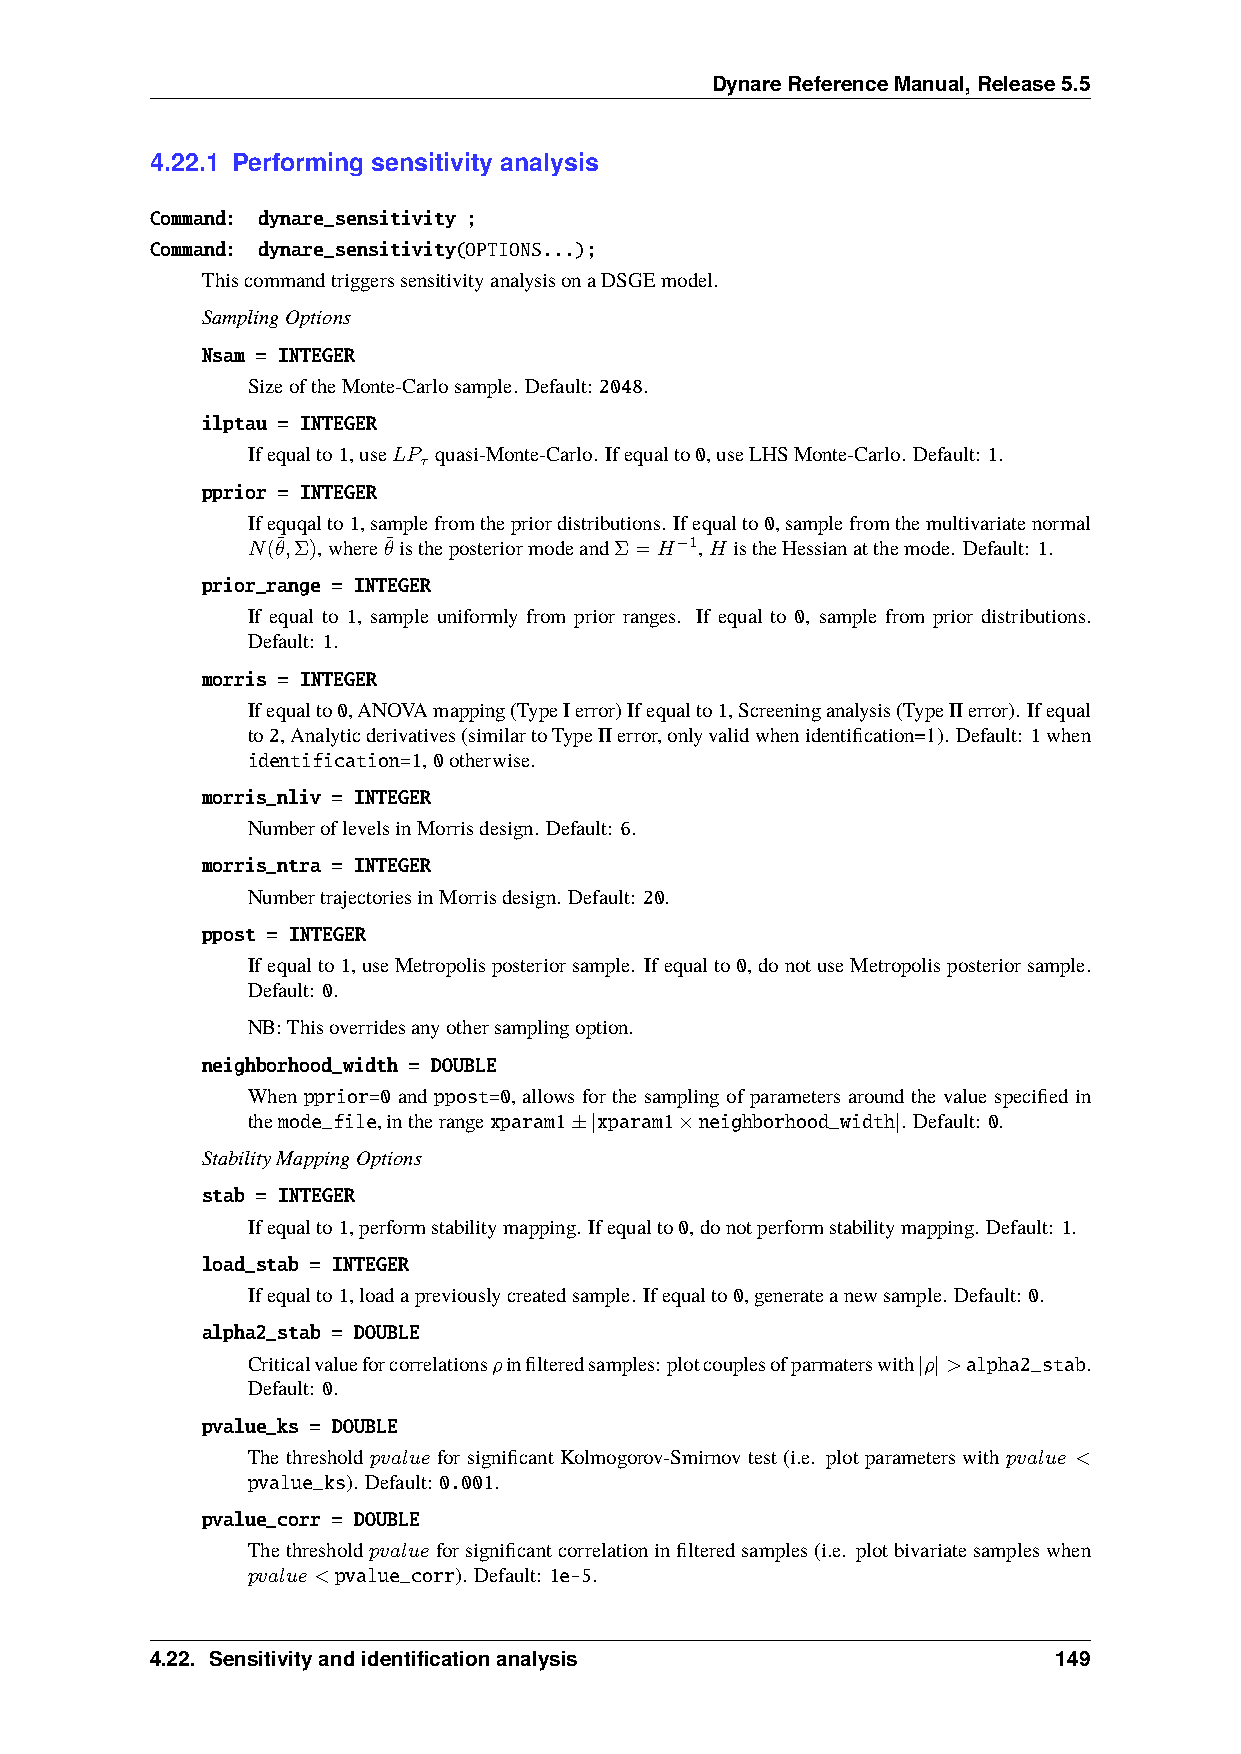
DynareReferenceManual,Release5.5
 4.22.1 Performing sensitivity analysis
 Command: dynare_sensitivity ;
 Command: dynare_sensitivity(OPTIONS...);
 ThiscommandtriggerssensitivityanalysisonaDSGEmodel.
 SamplingOptions
 Nsam = INTEGER
 SizeoftheMonte-Carlosample. Default: 2048.
 ilptau = INTEGER
 Ifequalto1,use𝐿𝑃 quasi-Monte-Carlo. Ifequalto0,useLHSMonte-Carlo. Default: 1.
 𝜏
 pprior = INTEGER
 Ifequqalto1,samplefromthepriordistributions. Ifequalto0,samplefromthemultivariatenormal
 𝑁(𝜃¯,Σ),where𝜃¯istheposteriormodeandΣ=𝐻−1,𝐻 istheHessianatthemode. Default: 1.
 prior_range = INTEGER
 If equal to 1, sample uniformly from prior ranges. If equal to 0, sample from prior distributions.
 Default: 1.
 morris = INTEGER
 Ifequalto0,ANOVAmapping(TypeIerror)Ifequalto1,Screeninganalysis(TypeIIerror). Ifequal
 to2,Analyticderivatives(similartoTypeIIerror,onlyvalidwhenidentification=1). Default: 1when
 identification=1,0otherwise.
 morris_nliv = INTEGER
 NumberoflevelsinMorrisdesign. Default: 6.
 morris_ntra = INTEGER
 NumbertrajectoriesinMorrisdesign. Default: 20.
 ppost = INTEGER
 Ifequalto1,useMetropolisposteriorsample. Ifequalto0,donotuseMetropolisposteriorsample.
 Default: 0.
 NB:Thisoverridesanyothersamplingoption.
 neighborhood_width = DOUBLE
 When pprior=0 and ppost=0, allows for the sampling of parameters around the value specified in
 themode_file,intherangexparam1±|xparam1×neighborhood_width|. Default: 0.
 StabilityMappingOptions
 stab = INTEGER
 Ifequalto1,performstabilitymapping. Ifequalto0,donotperformstabilitymapping. Default: 1.
 load_stab = INTEGER
 Ifequalto1,loadapreviouslycreatedsample. Ifequalto0,generateanewsample. Default: 0.
 alpha2_stab = DOUBLE
 Criticalvalueforcorrelations𝜌infilteredsamples:plotcouplesofparmaterswith|𝜌|>alpha2_stab.
 Default: 0.
 pvalue_ks = DOUBLE
 The threshold 𝑝𝑣𝑎𝑙𝑢𝑒 for significant Kolmogorov-Smirnov test (i.e. plot parameters with 𝑝𝑣𝑎𝑙𝑢𝑒 <
 pvalue_ks). Default: 0.001.
 pvalue_corr = DOUBLE
 Thethreshold𝑝𝑣𝑎𝑙𝑢𝑒forsignificantcorrelationinfilteredsamples(i.e. plotbivariatesampleswhen
 𝑝𝑣𝑎𝑙𝑢𝑒<pvalue_corr). Default: 1e-5.
 4.22. Sensitivityandidentificationanalysis                  149